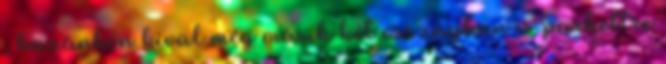
, hazánkon kívül még másik két országban is parkettre